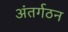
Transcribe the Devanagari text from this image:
अंतर्गठन